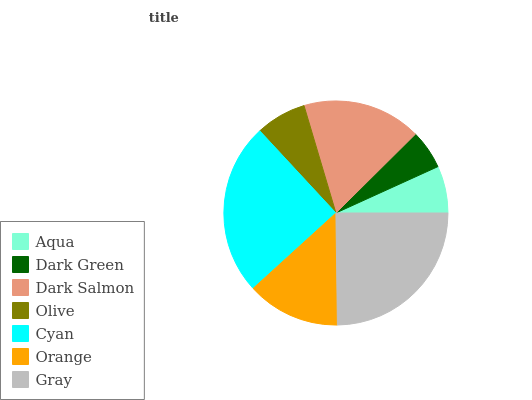
| Aqua | Dark Green | Dark Salmon | Olive | Cyan | Orange | Gray |
 | --- | --- | --- | --- | --- | --- | --- |
 | 6.79% | 5.65% | 17.2% | 7.3% | 24.8% | 13.4% | 24.8% |